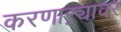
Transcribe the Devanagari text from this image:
करणाऱ्यावर